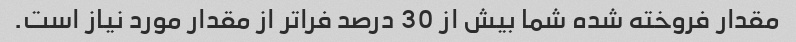
مقدار فروخته شده شما بیش از 30 درصد فراتر از مقدار مورد نیاز است.